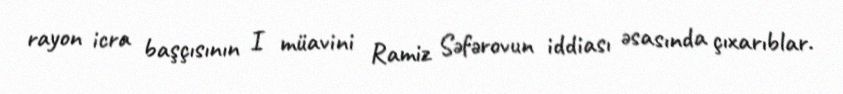
rayon icra başçısının I müavini Ramiz Səfərovun iddiası əsasında çıxarıblar.